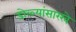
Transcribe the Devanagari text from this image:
डोळ्यांसारखे